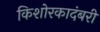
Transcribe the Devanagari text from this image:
किशोरकादंबरी